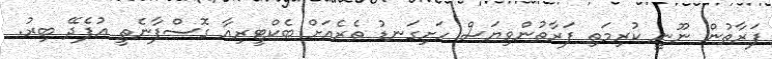
ފަރާތުން ނޫނީ ކުރިމަތި ފަރާތުންވިޔަސް ހަށިގަނޑު ތެރެއަށް ބެކްޓީރިއާ ގޮސްފާނެތީ އުފެދޭ ބިރު.